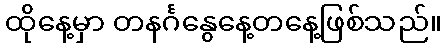
ထိုနေ့မှာ တနင်္ဂနွေနေ့တနေ့ဖြစ်သည်။